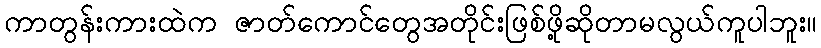
ကာတွန်းကားထဲက ဇာတ်ကောင်တွေအတိုင်းဖြစ်ဖို့ဆိုတာမလွယ်ကူပါဘူး။